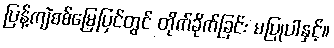
ပြန့်ကျဲစစ်မြေပြင်တွင် တိုက်ခိုက်ခြင်း မပြုပါနှင့်။